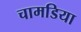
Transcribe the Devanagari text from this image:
चामडिया